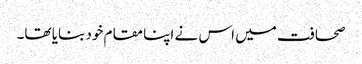
صحافت میں اس نے اپنا مقام خود بنایا تھا۔